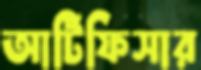
আর্টিফিসার